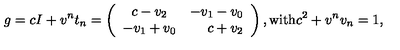
g = c I + v ^ { n } t _ { n } = \left( \begin{array} { c r } { c - v _ { 2 } } & { - v _ { 1 } - v _ { 0 } } \\ { - v _ { 1 } + v _ { 0 } } & { c + v _ { 2 } } \\ \end{array} \right) , \mathrm { w i t h } c ^ { 2 } + v ^ { n } v _ { n } = 1 ,